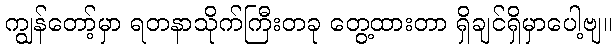
ကျွန်တော့်မှာ ရတနာသိုက်ကြီးတခု တွေ့ထားတာ ရှိချင်ရှိမှာပေါ့ဗျ။